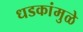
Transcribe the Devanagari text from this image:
धडकांमुळे